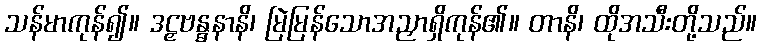
သန်မာကုန်၍။ ဒဠှဗန္ဓနာနိ၊ မြဲမြန်သောအညှာရှိကုန်၏။ တာနိ၊ ထိုအသီးတို့သည်။